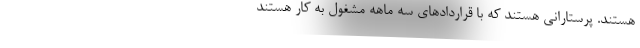
هستند. پرستارانی هستند که با قراردادهای سه ماهه مشغول به کار هستند